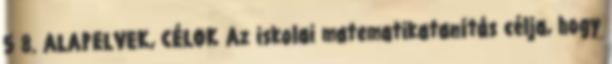
5 8. ALAPELVEK, CÉLOK Az iskolai matematikatanítás célja, hogy